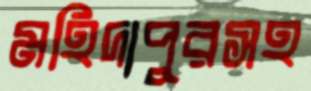
মহিদাপুরসহ